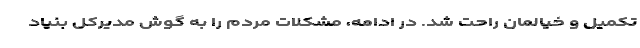
تکمیل و خیالمان راحت شد. در ادامه، مشکلات مردم را به گوش مدیرکل بنیاد